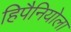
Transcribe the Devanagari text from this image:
हिपैनियोला